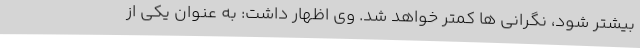
بیشتر شود، نگرانی ها کمتر خواهد شد. وی اظهار داشت: به عنوان یکی از